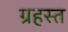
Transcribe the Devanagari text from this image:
ग्रहस्त